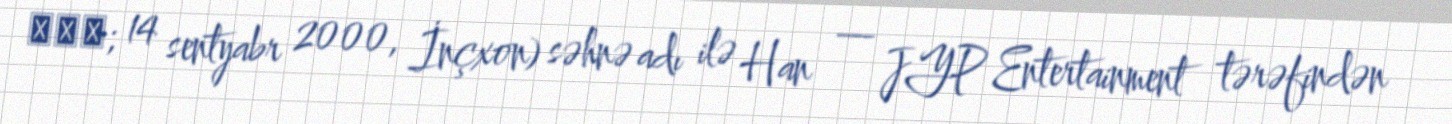
한지성; 14 sentyabr 2000, İnçxon) səhnə adı ilə Han — JYP Entertainment tərəfindən